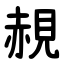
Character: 䚂